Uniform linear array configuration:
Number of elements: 24
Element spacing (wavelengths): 0.5
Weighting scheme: hann
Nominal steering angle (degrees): -15
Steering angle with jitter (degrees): -13.98
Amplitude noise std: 0.05
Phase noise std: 0.05

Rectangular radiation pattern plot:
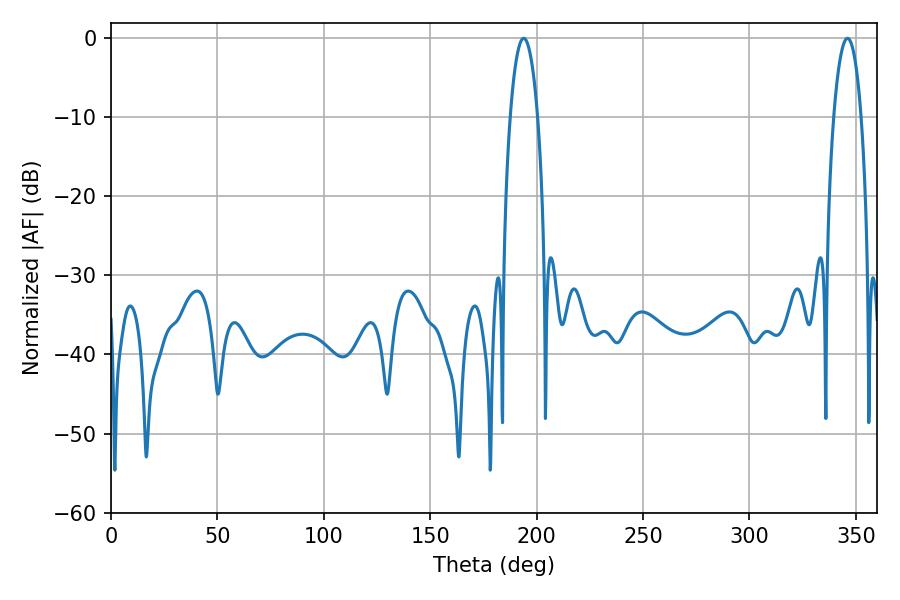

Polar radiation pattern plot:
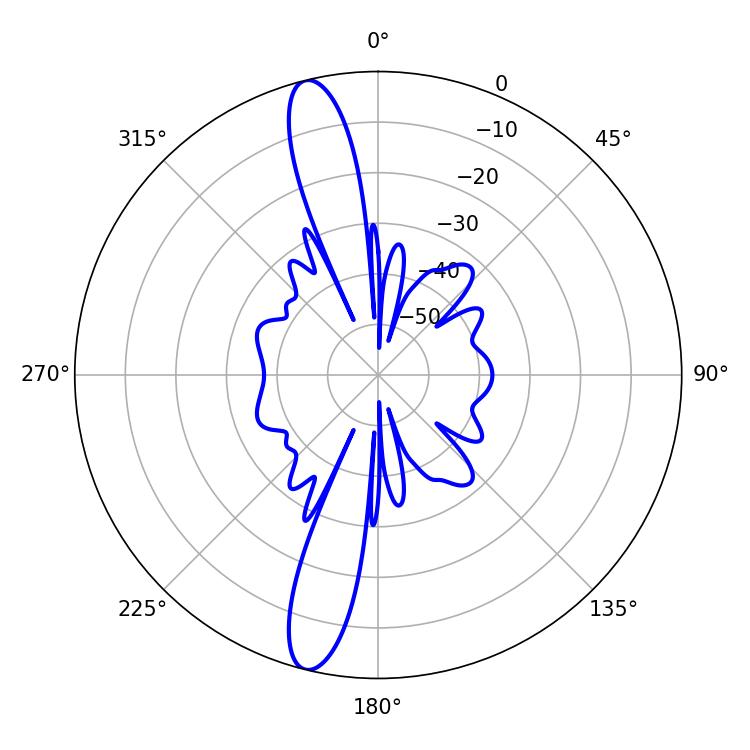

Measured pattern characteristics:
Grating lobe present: FALSE
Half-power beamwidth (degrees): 7.38
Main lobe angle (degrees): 193.86